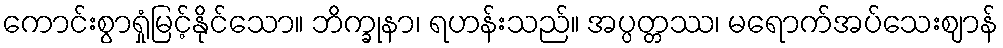
ကောင်းစွာရှုံမြင့်နိုင်သော။ ဘိက္ခုနာ၊ ရဟန်းသည်။ အပ္ပတ္တဿ၊ မရောက်အပ်သေးဈာန်